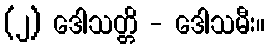
(၂) ဒေါသတ္တိ - ဒေါသမီး။